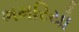
ભમરિયો